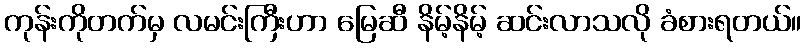
ကုန်းကိုတက်မှ လမင်းကြီးဟာ မြေဆီ နိမ့်နိမ့် ဆင်းလာသလို ခံစားရတယ်။